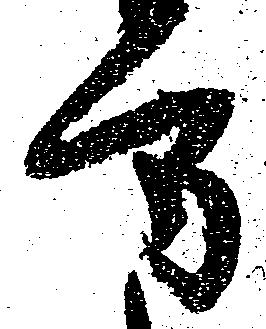
方